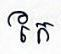
កែ